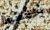
أخفضوا